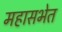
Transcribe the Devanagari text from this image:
महासभेत